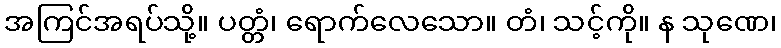
အကြင်အရပ်သို့။ ပတ္တံ၊ ရောက်လေသော။ တံ၊ သင့်ကို။ န သုဏေ၊